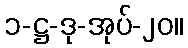
၁-ဋ္ဌ-ဒု-အုပ်-၂၀။